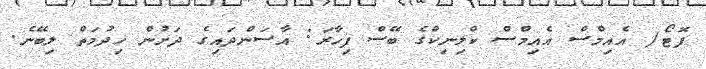
ފޮޓޯ/ އެއިމްސް އެއިމްސް ކްލިނިކްގެ ބޭސް ފިހާރަ: އާސަންދައިގެ ދަށުން ހިދުމަތް ލިބޭނެ.